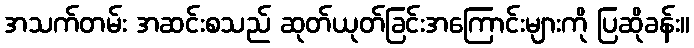
အသက်တမ်း အဆင်းစသည် ဆုတ်ယုတ်ခြင်းအကြောင်းများကို ပြဆိုခန်း။